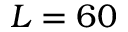
L = 6 0